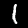
Digit: 1